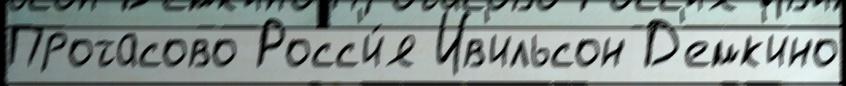
Протасово Росс'и́я Ив'ильсон Д'емк'ино